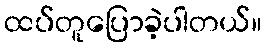
ထပ်တူပြောခဲ့ပါတယ်။